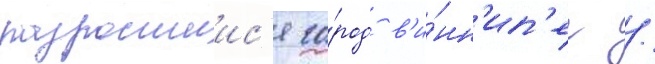
разросшиис'я го́род в'и́нн'ип'ег /